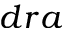
d r a